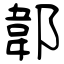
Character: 郼